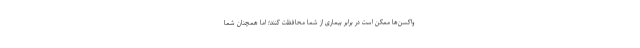
واکسن‌ها ممکن است در برابر بیماری از شما محافظت کنند؛ اما همچنان شما